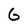
Character: 6